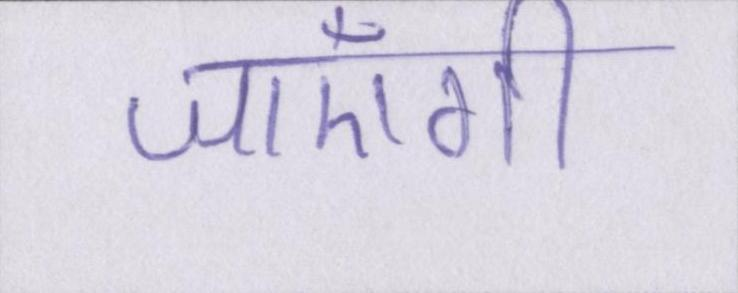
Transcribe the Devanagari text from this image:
जाएँगी